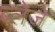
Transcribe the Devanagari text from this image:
ब्लेजे